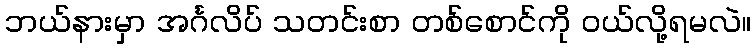
ဘယ်နားမှာ အင်္ဂလိပ် သတင်းစာ တစ်စောင်ကို ဝယ်လို့ရမလဲ။